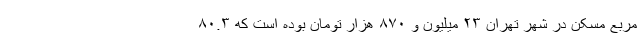
مربع مسکن در شهر تهران ۲۳ میلیون و ۸۷۰ هزار تومان بوده است که ۸۰.۳